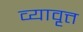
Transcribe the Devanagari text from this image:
व्यावृत्त